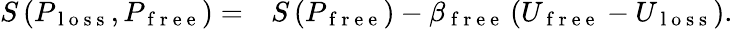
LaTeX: \begin{array}{rl}{S\left(P_{\mathrm{~l~o~s~s~}},P_{\mathrm{~f~r~e~e~}}\right)=}&{{}S\left(P_{\mathrm{~f~r~e~e~}}\right)-\beta_{\mathrm{~f~r~e~e~}}\left(U_{\mathrm{~f~r~e~e~}}-U_{\mathrm{~l~o~s~s~}}\right).}\end{array}